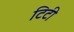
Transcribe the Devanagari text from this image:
टिटी